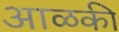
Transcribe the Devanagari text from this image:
आळकी